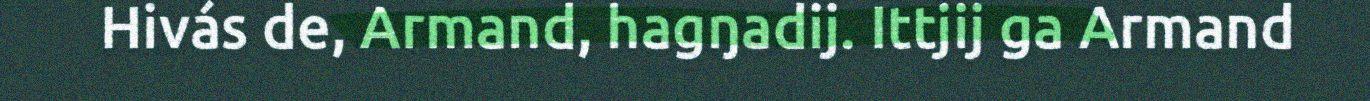
Hivás de, Armand, hagŋadij. Ittjij ga Armand